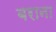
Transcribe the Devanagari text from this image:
बराना